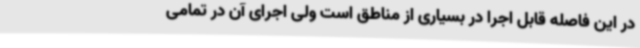
در این فاصله قابل اجرا در بسیاری از مناطق است ولی اجرای آن در تمامی